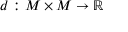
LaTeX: d \, \colon M \times M \to \mathbb { R }